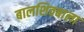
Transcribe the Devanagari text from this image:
बालशिवबाला